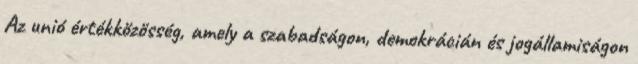
Az unió értékközösség, amely a szabadságon, demokrácián és jogállamiságon